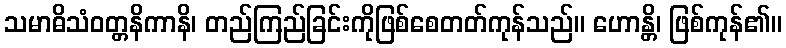
သမာဓိသံဝတ္တနိကာနိ၊ တည်ကြည်ခြင်းကိုဖြစ်စေတတ်ကုန်သည်။ ဟောန္တိ၊ ဖြစ်ကုန်၏။